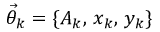
\ensuremath { \vec { \theta } } _ { k } = \{ A _ { k } , \, x _ { k } , \, y _ { k } \}